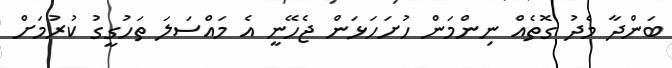
ބަންދާ މެދު ގޮތެއް ނިންމަން ހުށަހަޅަން ޖެހޭނީ އެ މައްސަލަ ތަހުގީގު ކުރުމަށް